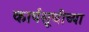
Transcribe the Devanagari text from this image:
कार्यसूचीच्या